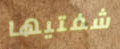
شفتيها